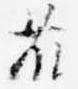
藤